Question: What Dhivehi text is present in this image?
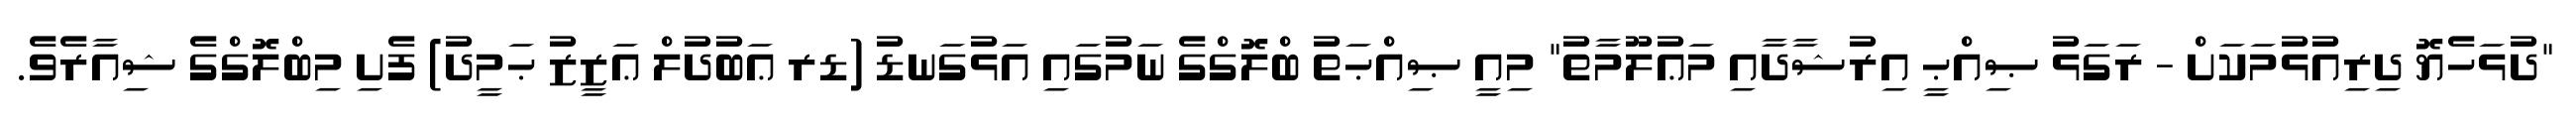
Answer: "ދުޅަހެޔޮ ދިރިއުޅުމަކަށް - ރަގަޅު ޞިއްޙީ އިރުޝާދާއި މަޢުލޫމާތު" މިއީ ޞިއްޙަތު ބްލޮގްގެ ނަމުގައި އަޅުގަނޑު (ޑރ ޢަބުދުލް ޢަޒީޒު ޙަމީދު) ފެށި މިބްލޮގްގެ ޝިއާރެވެ.